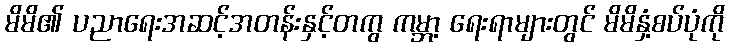
မိမိ၏ ပညာရေးအဆင့်အတန်းနှင့်တကွ ကမ္ဘာ့ ရေးရာများတွင် မိမိနှံ့စပ်ပုံကို